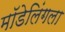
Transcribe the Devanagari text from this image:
मॉडेलिंगला